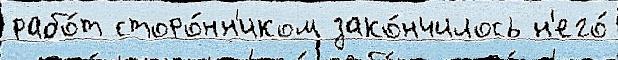
рабо́т сторо́нн'иком зако́нчилось н'его́